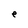
Character: e